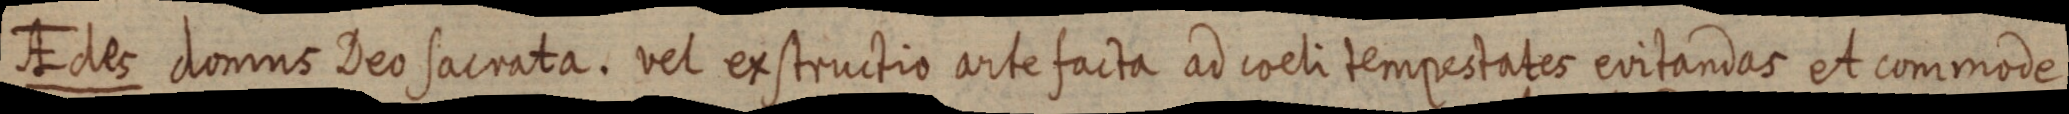
AEdes domus Deo sacrata. vel ex structio arte facta ad coeli tempestates evitandas et commode